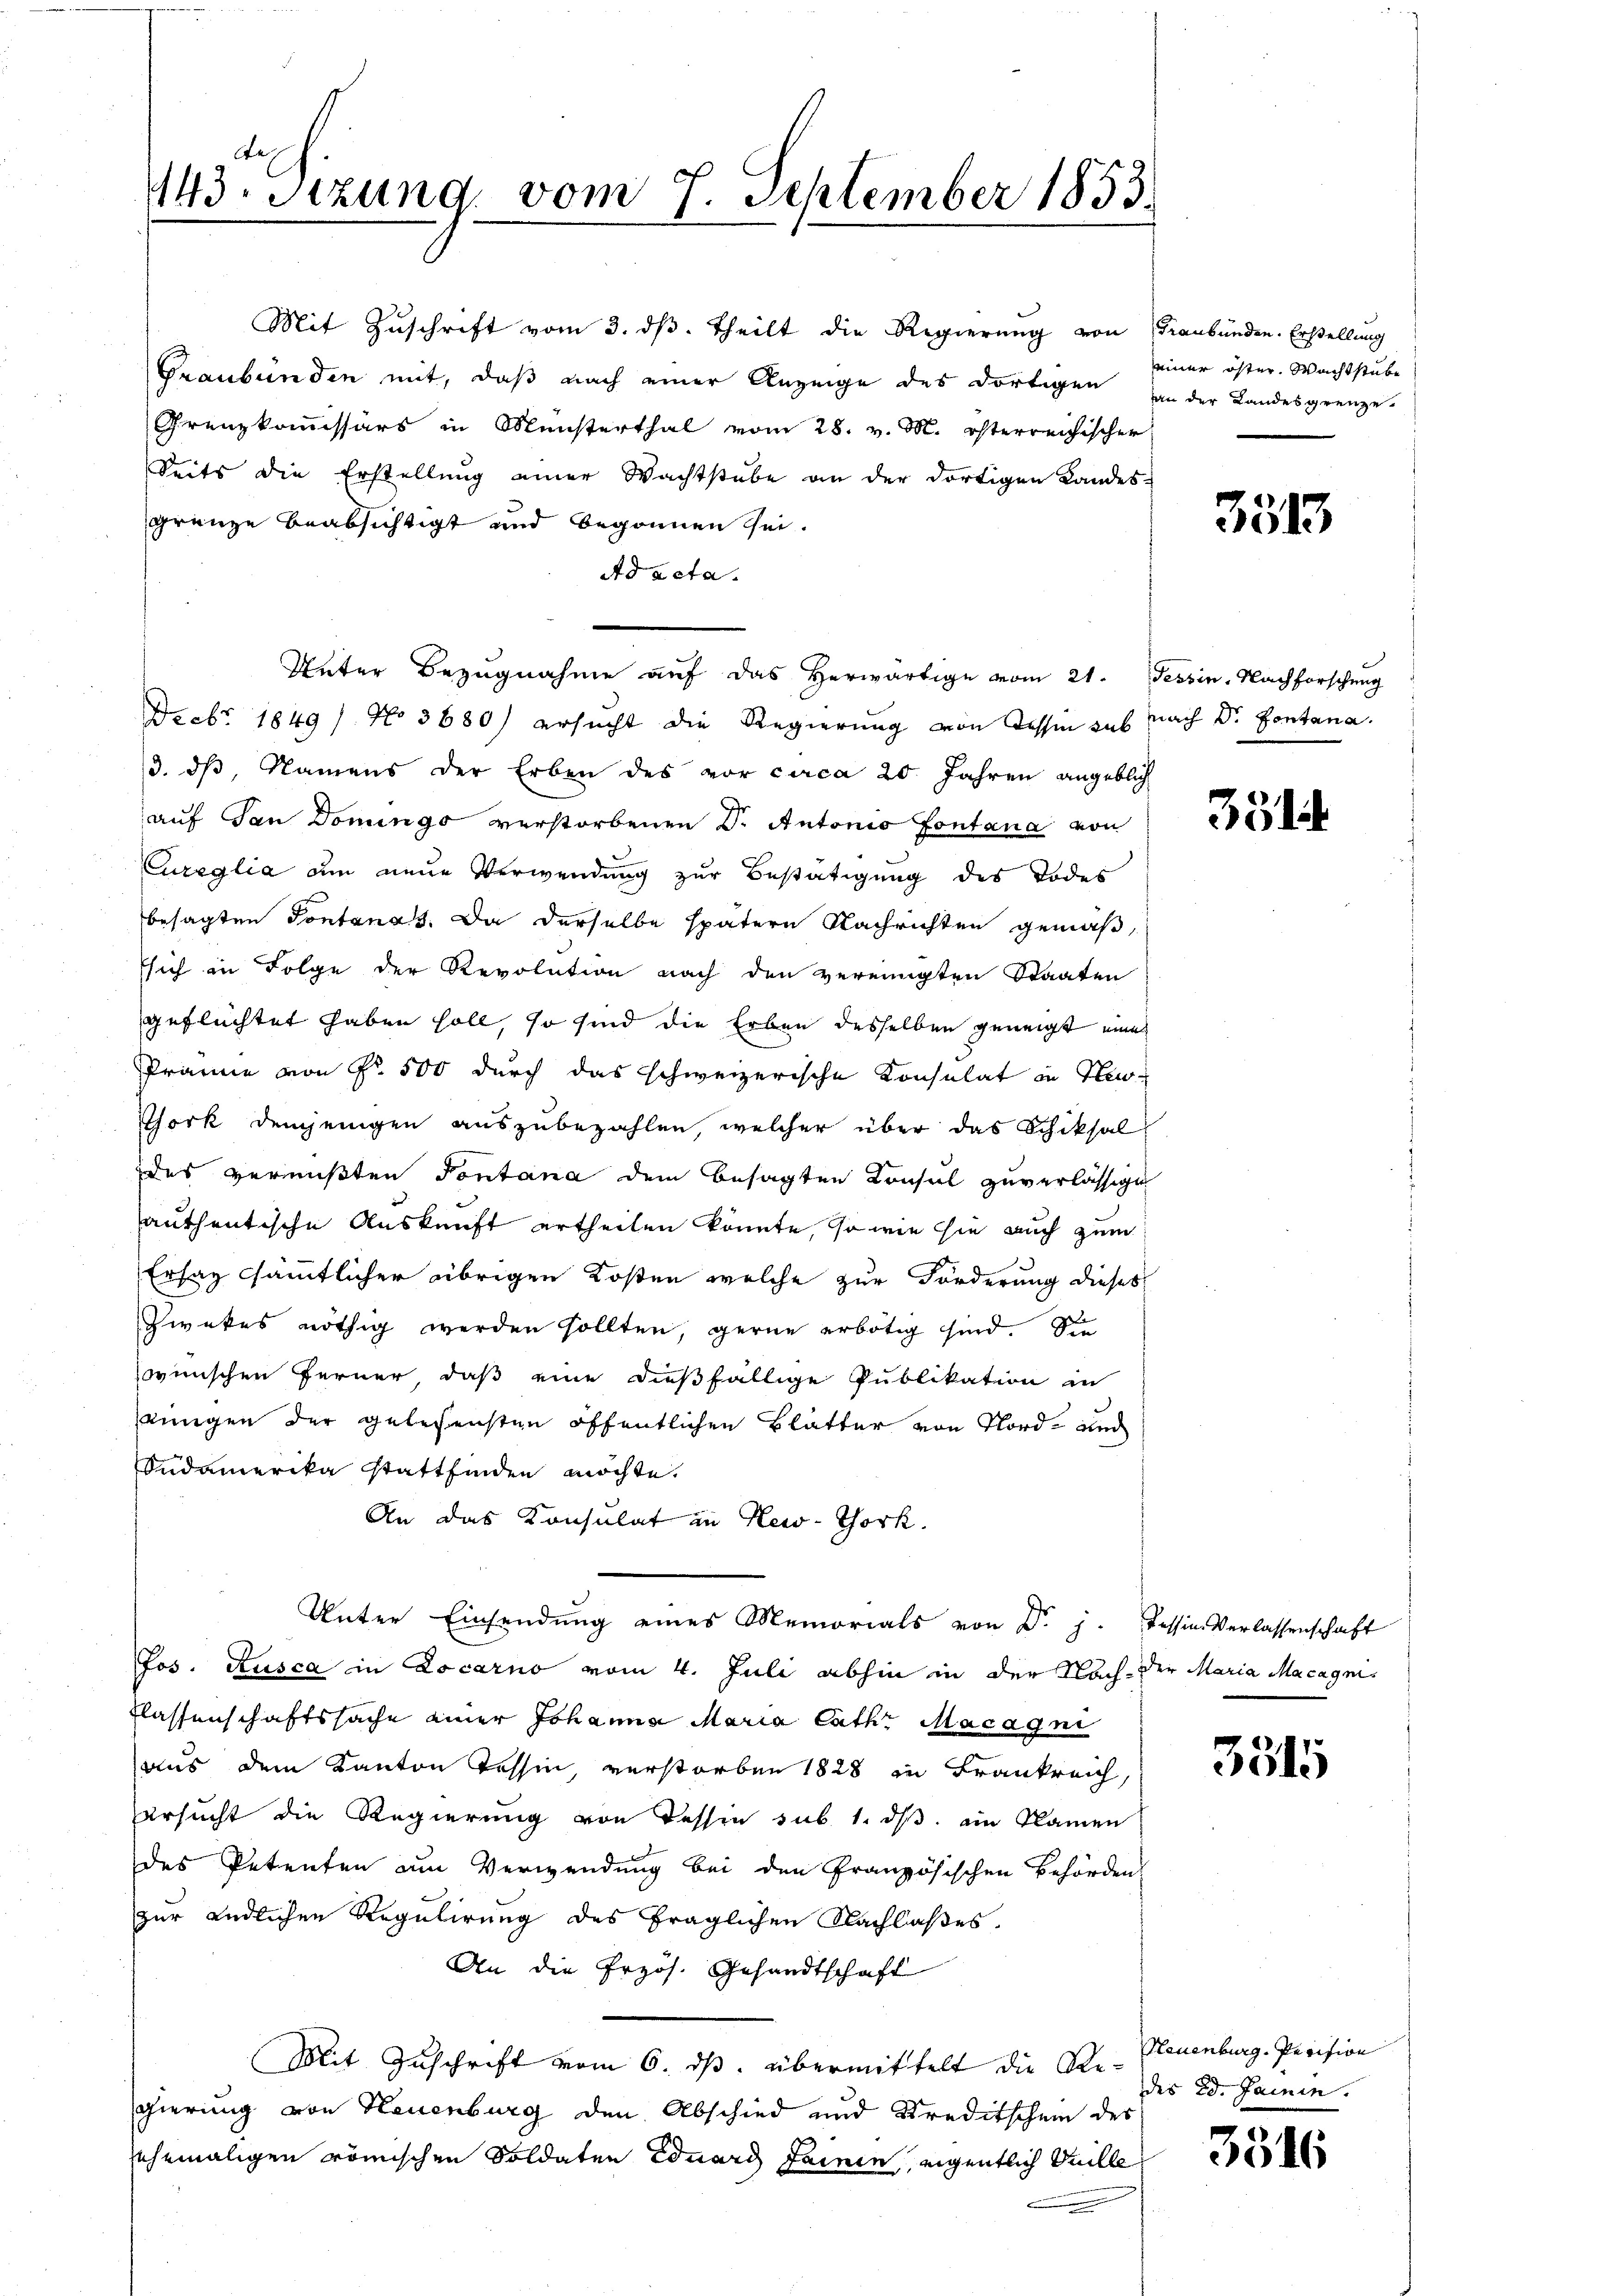
143. Sitzung, vom 7. September 1853.

Mit Zuschrift vom 3. ds. Theilt die Regierung von Graubünden. Erstellung
Graubünden mit, daß nach einer Anzeige des dortigen an der Landesgrenze.
Grenzkommissärs in Mensterthal vom 28. v. M. österreichischer
Seits die Erstellung einer Wachtstube an der dortigen Landes-
gränze beabsichtigt und begonnen sei.
Ad acta.
Unter Bezugnahme auf das herwärtige vom 21. Tessin, Nachforschung
Debr 1849 No 3680) ersucht die Regierung von dessen sub nach Dr. Contana.
/3. dβ, Namens der Erben des vor circa 20 Jahren angeblich
auf San Domings verstorbenen Dr. Antonio Fontana von
Cureglia am neue Verwendung zur Bestätigung des Todes
besagten Tontanas. Da derselbe spätern Nachrichten gemäß,
sich in Folge der Revolution nach den vereinigten Staaten
geflüchtet haben soll, so sind die Erben desselben geneigt eine
Prämie von Fr. 500 durch das schweizerische Konsulat in Her¬
Thork demjenigen auszubezahlen, welcher über das Schiksal
des vermißten Tontana dem besagten Konsul zuverlässige
authentische Auskunft ertheilen könnte, so wie sie auch zum
Ersaz sämmtlicher übrigen Kosten welche zur Forderung dieses
Zwekes nöthig werden sollten, gerne erbötig sind. Sie
winischen Ferner, daß eine dießfällige Publikation in
jeingen der gelegensten öffentlichen Blätter von Nord- und
Südamerika Stattfinden möchte.
An das Konsulat in New-Thork.
Unter Einsendung eines Memorials von Dr. j. Tessin Verlassenschaft
Jos. Rusca in Locarno vom 4. Juli abhin in der Nach der Maria Macagnis
Flassenschaftssache einer Johanna Maria Cathe Macagni
aus dem Kanton Tessin, verstorben 1828 in Frankreich,
ersucht die Regierung von Tessin sub. 1. ds. ein Namen
des Petenten am Verwendung bei den Französischen Behörden
zur Endlichen Regulirung des fraglichen Nachlaßes,
An die Przös. Gesandtschaft
Mit Zuschrift vom 6. ds. übermittelt die Ste- Neuenburg. Pevision
gierung von Neuenburg den Abschied und Kreditschem des
ehemaligen römischen Soldaten Eduard Lainin, eigentlich Meille

einer öster Wachtstube

3513

35

3315

des Ed. Jammen.

3316